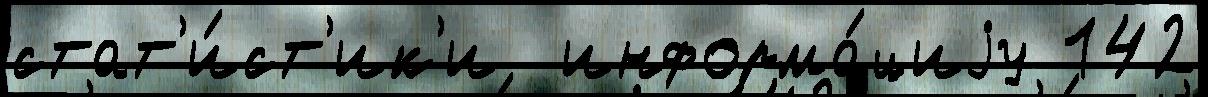
стат'и́ст'ик'и  информа́циjу 142